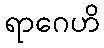
ရာဂေဟိ